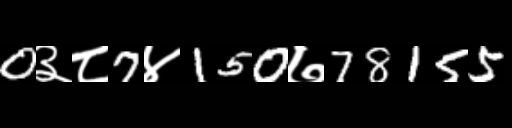
Text: 0३८7४150७78155